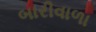
બારીવાળા